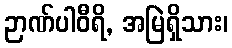
ဉာဏ်ပါဝီရိ, အမြဲရှိသား၊